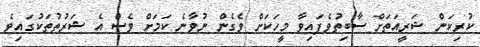
ކުރިކަން ޝަރީއަތަށް ސާބިތުވެފައިވާ މީހަކަށް ވެގެން ނުވާނެ ކަމަށް ވެސް އެ ޝަރުތުތަކުގައިވެ